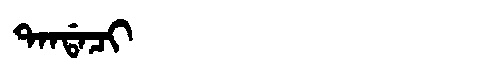
Manchu: ᡨᠠᠨᡩᠠᠴᡳ
Romanization: TANDACI